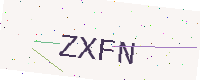
Text: ZXFN